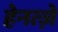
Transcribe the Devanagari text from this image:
हेनत्ज़े